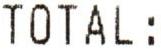
TOTAL: